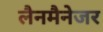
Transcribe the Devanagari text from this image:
लैनमैनेजर